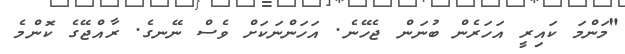
"މަންމަ ކައިރީ އަހަރެން ބުނަން ޖެހޭނެ. އަހަންނަކަށް ވެސް ނޭނގެ. ރާއްޖޭގެ ކޮންމެ